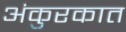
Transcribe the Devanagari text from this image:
अंकुरकात